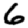
Digit: 6